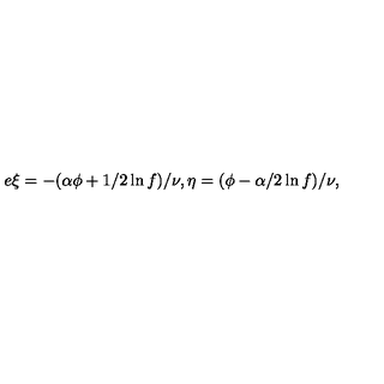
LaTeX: e \xi = - ( \alpha \phi + 1 / 2 \ln f ) / \nu , \eta = ( \phi - \alpha / 2 \ln f ) / \nu ,